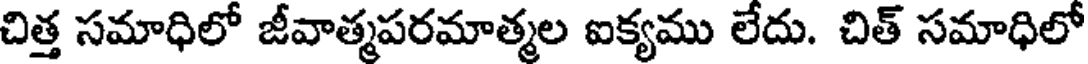
చిత్త సమాధిలో జీవాత్మపరమాత్మల ఐక్యము లేదు. చిత్ సమాధిలో